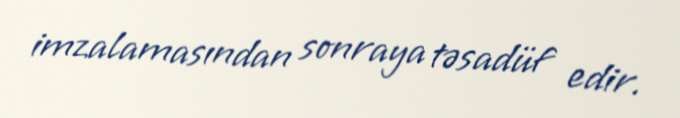
imzalamasından sonraya təsadüf edir.